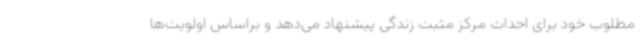
مطلوب خود برای احداث مرکز مثبت زندگی پیشنهاد می‌دهد و براساس اولویت‌ها